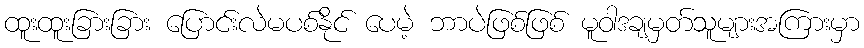
ထူးထူးခြားခြား ပြောင်းလဲမပစ်နိုင် ပေမဲ့ ဘာပဲဖြစ်ဖြစ် မူဝါဒချမှတ်သူများအကြားမှာ